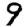
Digit: 9